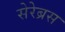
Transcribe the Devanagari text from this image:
सेरेब्रस